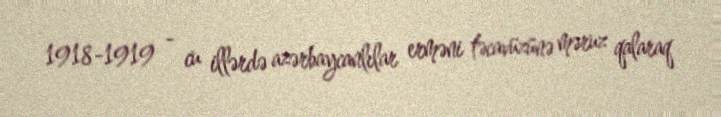
1918-1919 - cu illərdə azərbaycanlılar erməni təcavüzünə məruz qalaraq